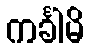
ကင်္ခါမိ